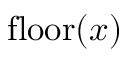
\operatorname { f l o o r } ( x )